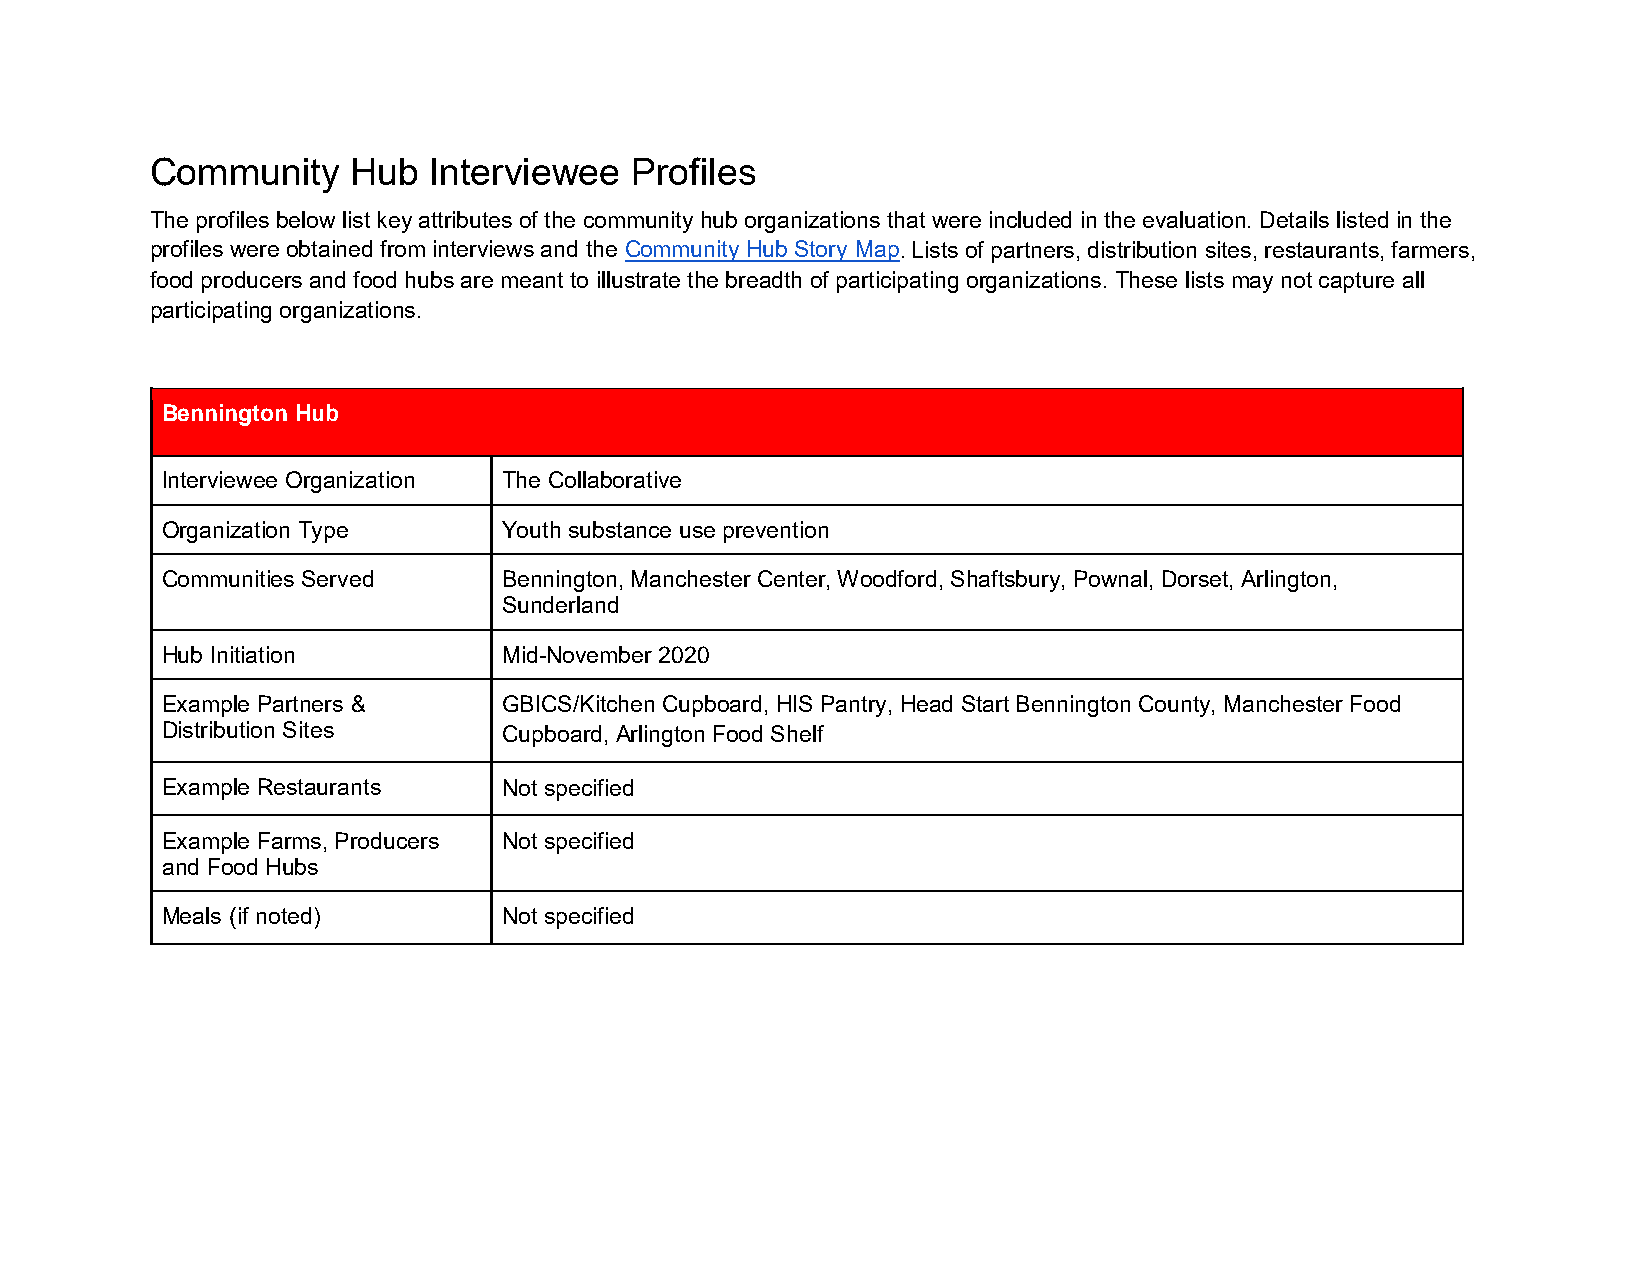
Community    Hub  Interviewee   Profiles
 The profiles below list key attributes of the community hub organizations that were included in the evaluation. Details listed in the
 profiles were obtained from interviews and the Community Hub Story Map. Lists of partners, distribution sites, restaurants, farmers,
 food producers and food hubs are meant to illustrate the breadth of participating organizations. These lists may not capture all
 participating organizations.
 Bennington Hub
 Interviewee Organization The Collaborative
 Organization Type     Youth substance use prevention
 Communities Served    Bennington, Manchester Center, Woodford, Shaftsbury, Pownal, Dorset, Arlington,
 Sunderland
 Hub Initiation        Mid-November 2020
 Example Partners &    GBICS/Kitchen Cupboard, HIS Pantry, Head Start Bennington County, Manchester Food
 Distribution Sites    Cupboard, Arlington Food Shelf
 Example Restaurants   Not specified
 Example Farms, Producers Not specified
 and Food Hubs
 Meals (if noted)      Not specified